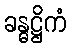
ခန္ဓဋ္ဌိကံ